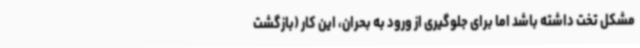
مشکل تخت داشته باشد اما برای جلوگیری از ورود به بحران، این کار (بازگشت